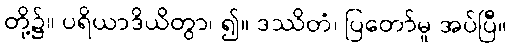
တို့၌။ ပရိယာဒိယိတွာ၊ ၍။ ဒဿိတံ၊ ပြတော်မူ အပ်ပြီ။